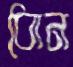
ধোন